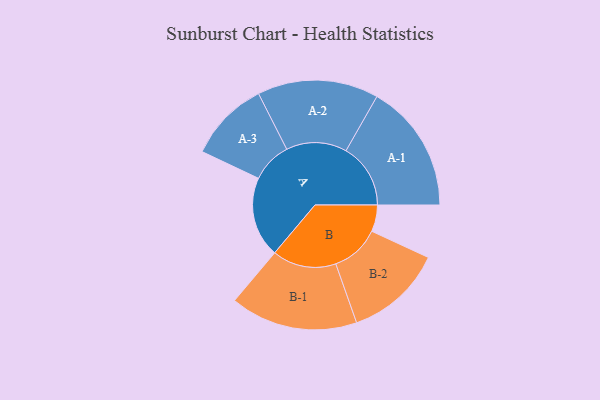
{"axis": {"x": "Segment", "y": "Value"}, "legend": ["", "A", "B"], "data": [{"x": "A", "y": 324, "type": ""}, {"x": "B", "y": 107, "type": ""}, {"x": "A-1", "y": 260, "type": "A"}, {"x": "A-2", "y": 244, "type": "A"}, {"x": "A-3", "y": 163, "type": "A"}, {"x": "B-1", "y": 257, "type": "B"}, {"x": "B-2", "y": 197, "type": "B"}]}